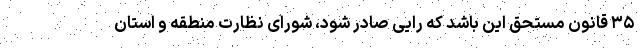
۳۵ قانون مستحق این باشد که رایی صادر شود، شورای نظارت منطقه و استان